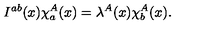
I ^ { a b } ( x ) \chi _ { a } ^ { A } ( x ) = \lambda ^ { A } ( x ) \chi _ { b } ^ { A } ( x ) .